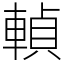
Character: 䡠